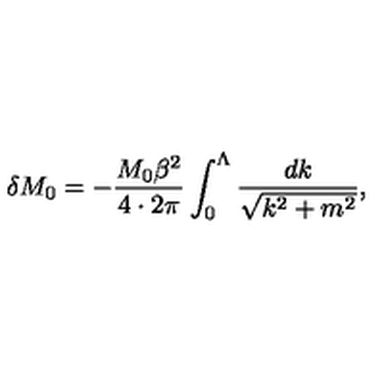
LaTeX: \delta M _ { 0 } = - \frac { M _ { 0 } \beta ^ { 2 } } { 4 \cdot 2 \pi } \int _ { 0 } ^ { \Lambda } \frac { d k } { \sqrt { k ^ { 2 } + m ^ { 2 } } } ,